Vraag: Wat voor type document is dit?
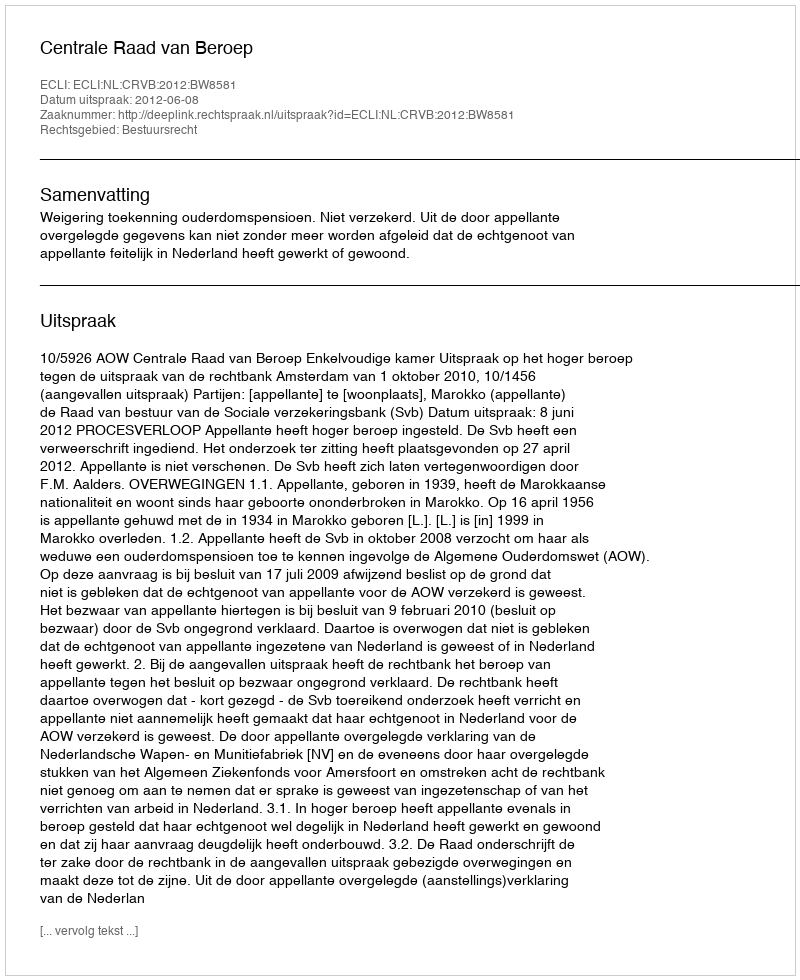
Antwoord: Uitspraak